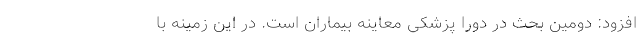
افزود: دومین بحث در دورا پزشکی معاینه بیماران است. در این زمینه با